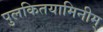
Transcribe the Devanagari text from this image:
पुलकितयामिनीम्